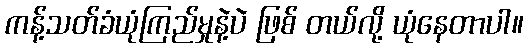
ကန့်သတ်ခံယုံကြည်မှုနဲ့ပဲ ဖြစ် တယ်လို့ ယုံနေတာပါ။